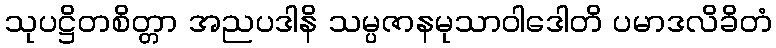
သုပဋ္ဌိတစိတ္တာ အညပဒါနိ သမ္ပဇာနမုသာဝါဒေါတိ ပမာဒလိခိတံ